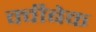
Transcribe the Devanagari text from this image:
क्वीबेक